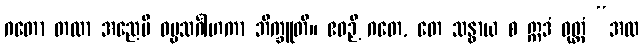
ဂတော တထာ အညေပိ ဓမ္မသင်္ဂါဟကာ ဘိက္ခူတိ။ ဧဝဉှိ ဂတေ, တေ သန္ဓာယ စ ဣဒံ ဝုတ္တံ “အထ